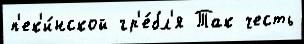
п'ек'и́нской гр'е́бл'я Так честь